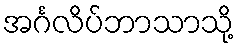
အင်္ဂလိပ်ဘာသာသို့